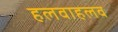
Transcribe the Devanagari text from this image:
हलवाहलव